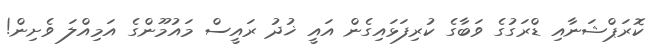
ކޮރަޕްޝަނާއި ޑްރަގުގެ ވަބާގެ ކުރިފަޅައިގެން އައީ ޚުދު ރައީސް މައުމޫންގެ އަމިއްލަ ވެށިން!